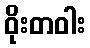
ဝိုးတဝါး